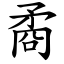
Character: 矞